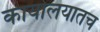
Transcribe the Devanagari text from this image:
कार्यालयातच